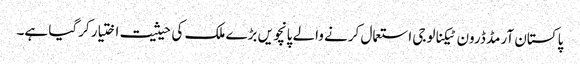
پاکستان آرمڈ ڈرون ٹیکنالوجی استعمال کرنے والے پانچویں بڑے ملک کی حیثیت اختیار کرگیا ہے۔